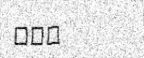
١٤٩